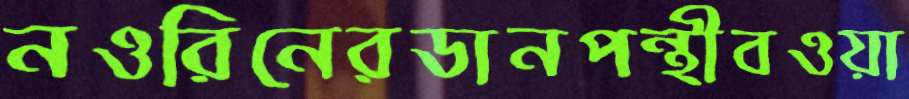
নওরিনেরডানপন্থীবওয়া